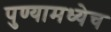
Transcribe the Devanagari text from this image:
पुण्यामध्येच